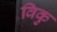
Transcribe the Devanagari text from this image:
विकु